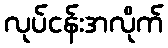
လုပ်ငန်းအလိုက်